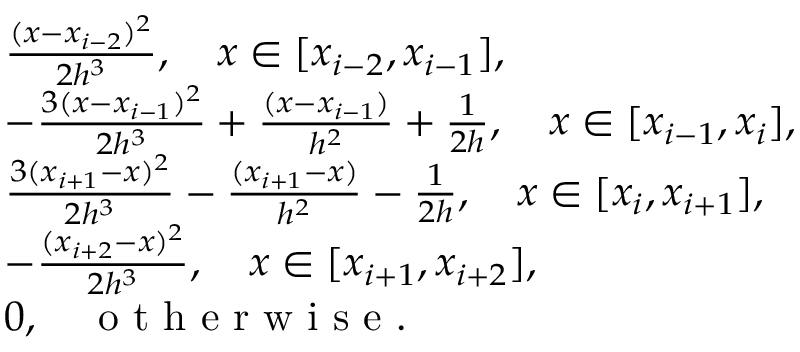
\begin{array} { r l } & { \frac { ( x - x _ { i - 2 } ) ^ { 2 } } { 2 h ^ { 3 } } , \quad x \in [ x _ { i - 2 } , x _ { i - 1 } ] , } \\ & { - \frac { 3 ( x - x _ { i - 1 } ) ^ { 2 } } { 2 h ^ { 3 } } + \frac { ( x - x _ { i - 1 } ) } { h ^ { 2 } } + \frac { 1 } { 2 h } , \quad x \in [ x _ { i - 1 } , x _ { i } ] , } \\ & { \frac { 3 ( x _ { i + 1 } - x ) ^ { 2 } } { 2 h ^ { 3 } } - \frac { ( x _ { i + 1 } - x ) } { h ^ { 2 } } - \frac { 1 } { 2 h } , \quad x \in [ x _ { i } , x _ { i + 1 } ] , } \\ & { - \frac { ( x _ { i + 2 } - x ) ^ { 2 } } { 2 h ^ { 3 } } , \quad x \in [ x _ { i + 1 } , x _ { i + 2 } ] , } \\ & { 0 , \quad \textup { o t h e r w i s e } . } \end{array}